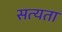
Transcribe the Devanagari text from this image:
सत्‍यता